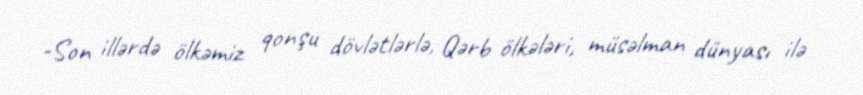
-Son illərdə ölkəmiz qonşu dövlətlərlə, Qərb ölkələri, müsəlman dünyası ilə